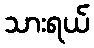
သားရယ်